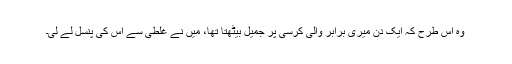
وہ اس طرح کہ ایک دن میری برابر والی کرسی پر جمیل بیٹھتا تھا، میں نے غلطی سے اس کی پنسل لے لی۔